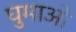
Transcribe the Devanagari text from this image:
घुमाओ